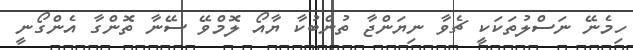
ހިމެނޭ ނަސްލުތަކަކީ ޗެވާ ނިޔަންޖާ ތުންބުކާ ޔާއޯ ލޮމްވޭ ސޭނާ ތޮންގާ އެންގޯނީ